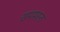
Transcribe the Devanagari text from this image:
सपमस्त